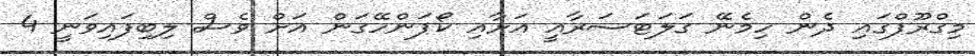
މިގްރޫޕްގައި ދެން ހިމެނޭ ގަލަޓަސަރާއީ އަށާއި ކޯޕަންހޭގަން އަށް ވެސް ލިބިފައިވަނީ 4